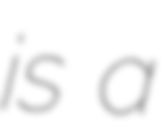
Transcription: is a